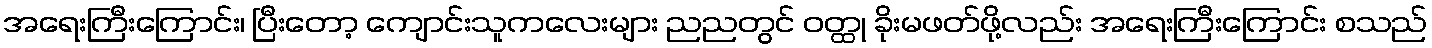
အရေးကြီးကြောင်း၊ ပြီးတော့ ကျောင်းသူကလေးများ ညညတွင် ဝတ္ထု ခိုးမဖတ်ဖို့လည်း အရေးကြီးကြောင်း စသည်